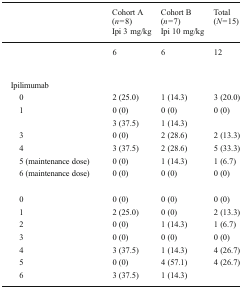
<table><thead><tr><td rowspan="3">[EMPTY_CELL]</td><td><b>Cohort A</b></td><td><b>Cohort B</b></td><td rowspan="3"><b>Total (<i>N</i> = 15)</b></td></tr><tr><td><b>(<i>n</i> = 8)</b></td><td><b>(<i>n</i> = 7)</b></td></tr><tr><td><b>Ipi 3 mg/kg</b></td><td><b>Ipi 10 mg/kg</b></td></tr></thead><tbody><tr><td>[EMPTY_CELL]</td><td>6</td><td>6</td><td>12</td></tr><tr><td colspan="4">[EMPTY_CELL]</td></tr><tr><td> Ipilimumab</td><td>[EMPTY_CELL]</td><td>[EMPTY_CELL]</td><td>[EMPTY_CELL]</td></tr><tr><td>0</td><td>2 (25.0)</td><td>1 (14.3)</td><td>3 (20.0)</td></tr><tr><td>1</td><td>0 (0)</td><td>0 (0)</td><td>0 (0)</td></tr><tr><td>[EMPTY_CELL]</td><td>3 (37.5)</td><td>1 (14.3)</td><td>[EMPTY_CELL]</td></tr><tr><td>3</td><td>0 (0)</td><td>2 (28.6)</td><td>2 (13.3)</td></tr><tr><td>4</td><td>3 (37.5)</td><td>2 (28.6)</td><td>5 (33.3)</td></tr><tr><td>5 (maintenance dose)</td><td>0 (0)</td><td>1 (14.3)</td><td>1 (6.7)</td></tr><tr><td>6 (maintenance dose)</td><td>0 (0)</td><td>0 (0)</td><td>0 (0)</td></tr><tr><td>[EMPTY_CELL]</td><td>[EMPTY_CELL]</td><td>[EMPTY_CELL]</td><td>[EMPTY_CELL]</td></tr><tr><td>0</td><td>0 (0)</td><td>0 (0)</td><td>0 (0)</td></tr><tr><td>1</td><td>2 (25.0)</td><td>0 (0)</td><td>2 (13.3)</td></tr><tr><td>2</td><td>0 (0)</td><td>1 (14.3)</td><td>1 (6.7)</td></tr><tr><td>3</td><td>0 (0)</td><td>0 (0)</td><td>0 (0)</td></tr><tr><td>4</td><td>3 (37.5)</td><td>1 (14.3)</td><td>4 (26.7)</td></tr><tr><td>5</td><td>0 (0)</td><td>4 (57.1)</td><td>4 (26.7)</td></tr><tr><td>6</td><td>3 (37.5)</td><td>1 (14.3)</td><td>[EMPTY_CELL]</td></tr></tbody></table>